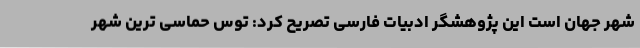
شهر جهان است این پژوهشگر ادبیات فارسی تصریح کرد: توس حماسی ترین شهر